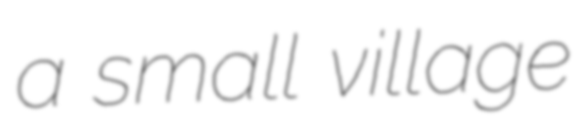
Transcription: a small village